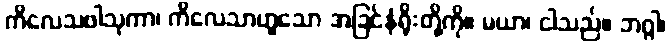
ကိလေသဖါသုကာ၊ ကိလေသာဟူသော အခြင်နံရိုးတို့ကို။ မယာ၊ ငါသည်။ ဘဂ္ဂါ၊